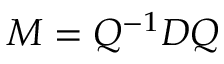
M = Q ^ { - 1 } D Q